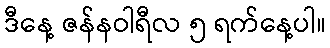
ဒီနေ့ ဇန်နဝါရီလ ၅ ရက်နေ့ပါ။